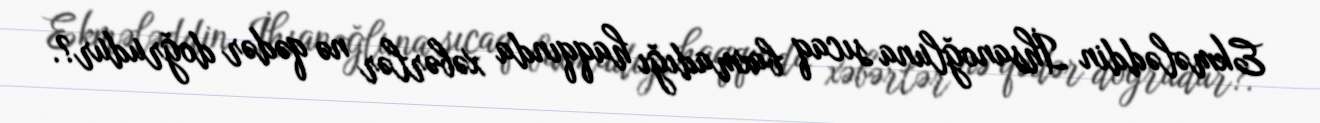
Ekmələddin İhsanoğluna sıcaq baxmadığı haqqında xəbərlər nə qədər doğrudur?.